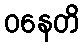
ဝနေတိ